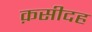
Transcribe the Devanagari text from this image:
क़सीदह